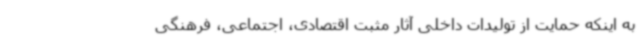
به اینکه حمایت از تولیدات داخلی آثار مثبت اقتصادی، اجتماعی، فرهنگی